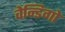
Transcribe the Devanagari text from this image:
वेन्डिगो